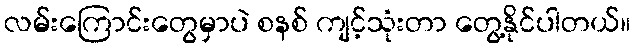
လမ်းကြောင်းတွေမှာပဲ စနစ် ကျင့်သုံးတာ တွေ့နိုင်ပါတယ်။